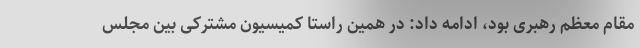
مقام معظم رهبری بود، ادامه داد: در همین راستا کمیسیون مشترکی بین مجلس